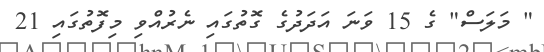
" މަލަސް" ގެ 15 ވަނަ އަދަދުގެ ގޮތުގައި ނެރުއްވި މިފޮތުގައި 21